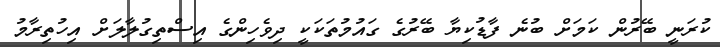
ކުރަނީ ބޭރުން ކަމަށް ބުނެ ފާޑުކިޔާ ބޭރުގެ ގައުމުތަކަކީ ދިވެހިންގެ އިސްތިގުލާލަށް އިހުތިރާމު